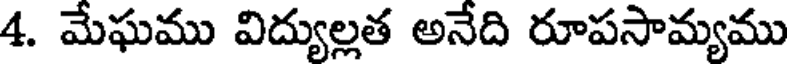
4. మేఘము విద్యుల్లత అనేది రూపసామ్యము